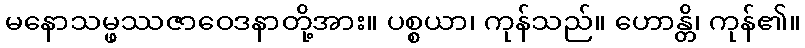
မနောသမ္ဖဿဇာဝေဒနာတို့အား။ ပစ္စယာ၊ ကုန်သည်။ ဟောန္တိ၊ ကုန်၏။